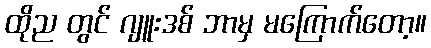
ထိုည တွင် ဂျူးဒစ် ဘာမှ မကြောက်တော့။